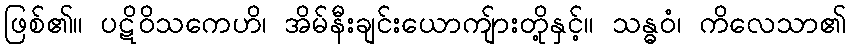
ဖြစ်၏။ ပဋိဝိသကေဟိ၊ အိမ်နီးချင်းယောကျ်ားတို့နှင့်။ သန္ဓဝံ၊ ကိလေသာ၏